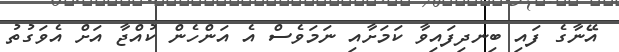
އޭނާގެ ފައި ބިނދިފައިވާ ކަމަށާއި ނަމަވެސް އެ އަންހެން ކުއްޖާ އަށް އެވަގުތު